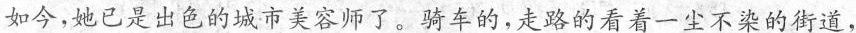
如今，她已是出色的城市美容师了。骑车的，走路的看着一尘不染的街道，